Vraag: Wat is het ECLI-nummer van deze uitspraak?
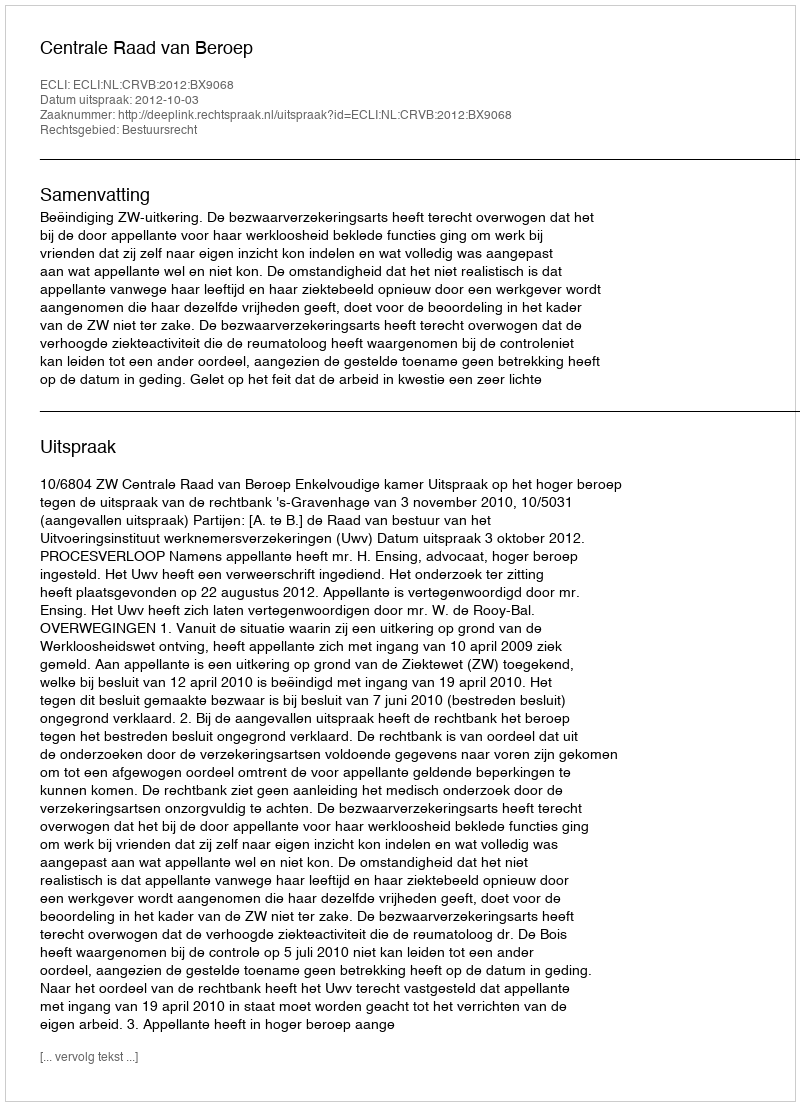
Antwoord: ECLI:NL:CRVB:2012:BX9068